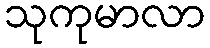
သုကုမာလာ